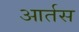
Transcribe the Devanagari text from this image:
आर्तस